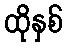
ထိုနှစ်